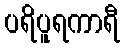
ပရိပူရကာရီ